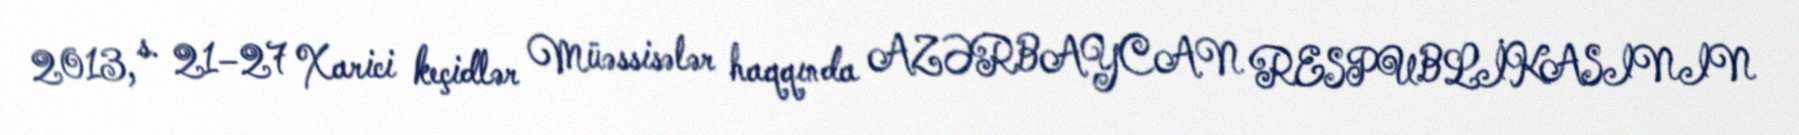
2013, s. 21–27 Xarici keçidlər Müəssisələr haqqında AZƏRBAYCAN RESPUBLİKASININ